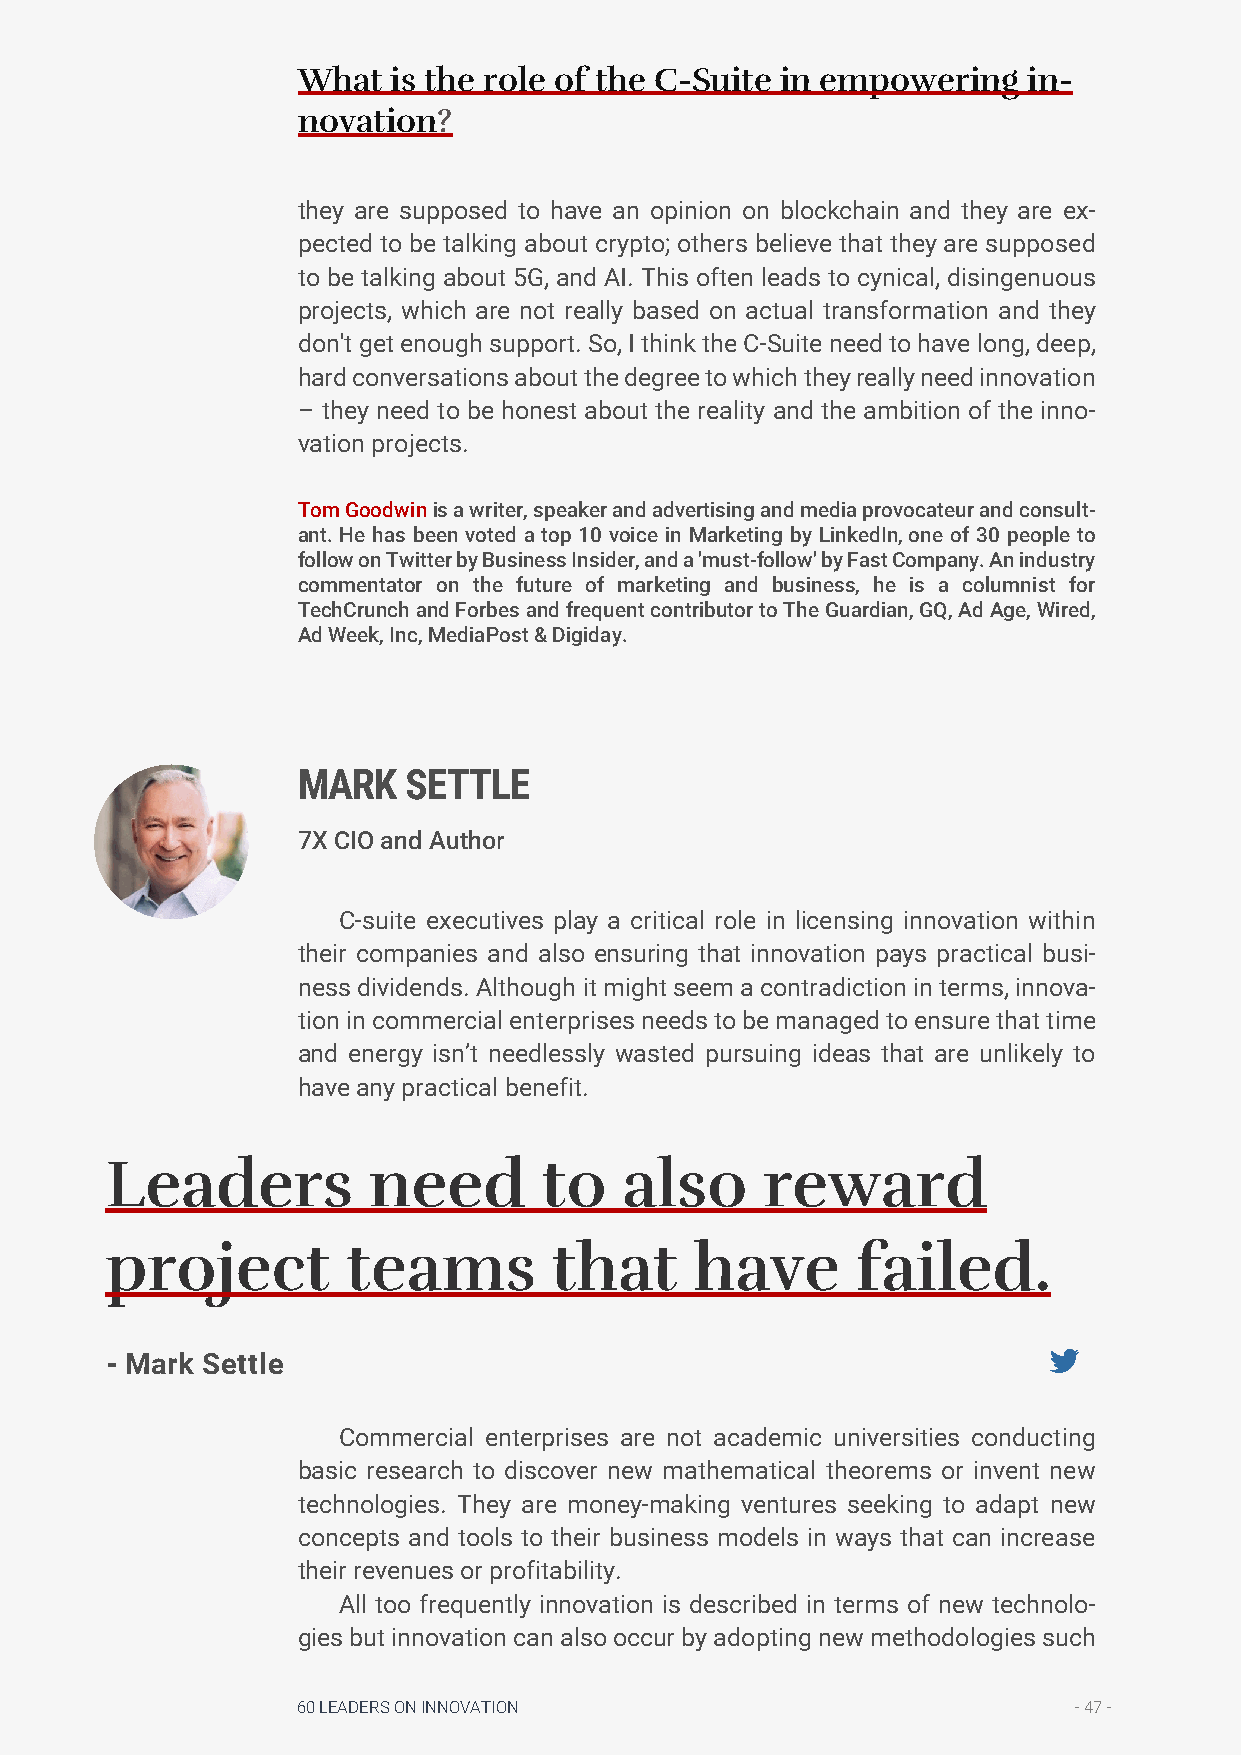
What  is the role of the C-Suite in empowering  in-
 novation?
 they are supposed to have an opinion on blockchain and they are ex-
 pected to be talking about crypto; others believe that they are supposed
 to be talking about 5G, and AI. This often leads to cynical, disingenuous
 projects, which are not really based on actual transformation and they
 don't get enough support. So, I think the C-Suite need to have long, deep,
 hard conversations about the degree to which they really need innovation
 – they need to be honest about the reality and the ambition of the inno-
 vation projects.
 Tom Goodwin is a writer, speaker and advertising and media provocateur and consult-
 ant. He has been voted a top 10 voice in Marketing by LinkedIn, one of 30 people to
 follow on Twitter by Business Insider, and a 'must-follow' by Fast Company. An industry
 commentator on the future of marketing and business, he is a columnist for
 TechCrunch and Forbes and frequent contributor to The Guardian, GQ, Ad Age, Wired,
 Ad Week, Inc, MediaPost & Digiday.
 MARK   SETTLE
 7X CIO and Author
 C-suite executives play a critical role in licensing innovation within
 their companies and also ensuring that innovation pays practical busi-
 ness dividends. Although it might seem a contradiction in terms, innova-
 tion in commercial enterprises needs to be managed to ensure that time
 and energy isn’t needlessly wasted pursuing ideas that are unlikely to
 have any practical benefit.
 Leaders          need        to   also      reward
 project         teams         that     have       failed.
 - Mark Settle
 Commercial enterprises are not academic universities conducting
 basic research to discover new mathematical theorems or invent new
 technologies. They are money-making ventures seeking to adapt new
 concepts and tools to their business models in ways that can increase
 their revenues or profitability.
 All too frequently innovation is described in terms of new technolo-
 gies but innovation can also occur by adopting new methodologies such
 60 LEADERS ON INNOVATION                           - 47 -